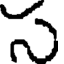
స